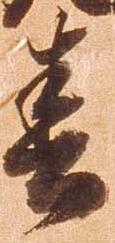
春